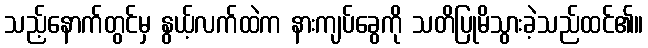
သည့်နောက်တွင်မှ နွယ့်လက်ထဲက နားကျပ်ခွေကို သတိပြုမိသွားခဲ့သည်ထင်၏။